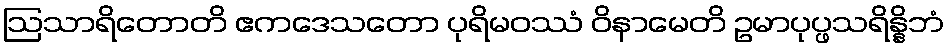
ဩသာရိတောတိ ဧကဒေသတော ပုရိမဝဿံ ဝိနာမေတိ ဥမာပုပ္ဖသရိန္နိဘံ